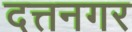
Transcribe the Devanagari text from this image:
दत्तनगर